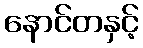
နောင်တနှင့်